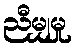
ညီမျှမှု